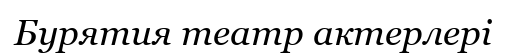
Бурятия театр актерлері